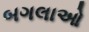
બગલાઓ